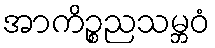
အာကိဉ္စညသမ္ဘဝံ